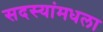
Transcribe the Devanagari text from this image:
सदस्यांमधला